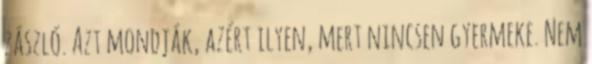
zászló. Azt mondják, azért ilyen, mert nincsen gyermeke. Nem